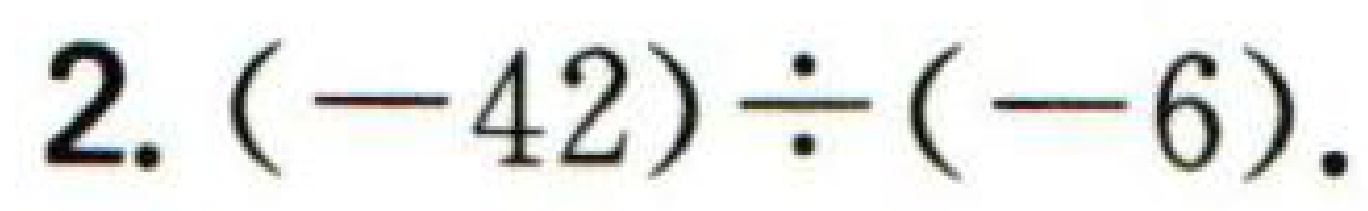
2. \((-42)\div(-6)\).